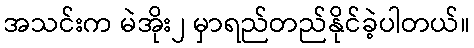
အသင်းက မဲအိုး၂ မှာရည်တည်နိုင်ခဲ့ပါတယ်။